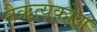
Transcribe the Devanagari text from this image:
नैऋत्यकोण